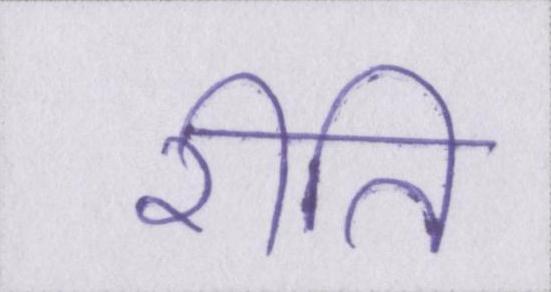
रीति